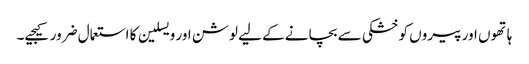
ہاتھوں اور پیروں کو خشکی سے بچانے کے لیے لوشن اور ویسلین کا استعمال ضرور کیجیے۔